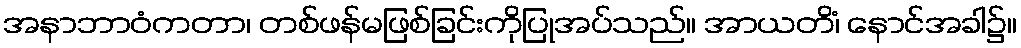
အနာဘာဝံကတာ၊ တစ်ဖန်မဖြစ်ခြင်းကိုပြုအပ်သည်။ အာယတိံ၊ နောင်အခါ၌။